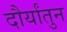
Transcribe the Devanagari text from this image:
दौर्यांतुन